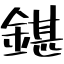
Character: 鍖